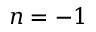
n = - 1